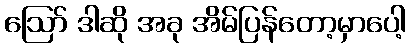
ဪ ဒါဆို အခု အိမ်ပြန်တော့မှာပေါ့